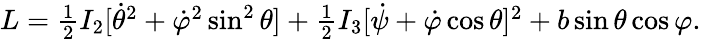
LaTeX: \begin{array}{r}{L=\frac 12I_{2}[\dot{\theta}^{2}+\dot{\varphi}^{2}\sin^{2}\theta]+\frac 12I_{3}[\dot{\psi}+\dot{\varphi}\cos\theta]^{2}+b\sin\theta\cos\varphi.}\end{array}